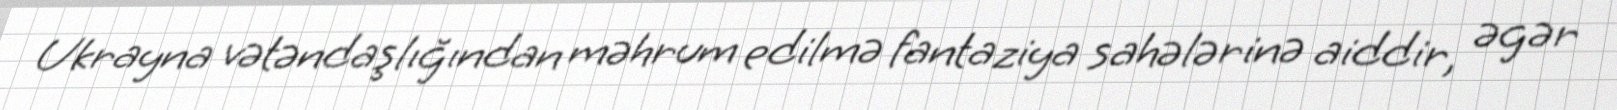
Ukrayna vətəndaşlığından məhrum edilmə fantaziya sahələrinə aiddir, əgər